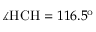
\measuredangle \mathrm { H C H } = 1 1 6 . 5 ^ { \mathrm { o } }